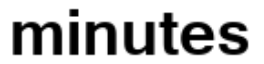
minutes